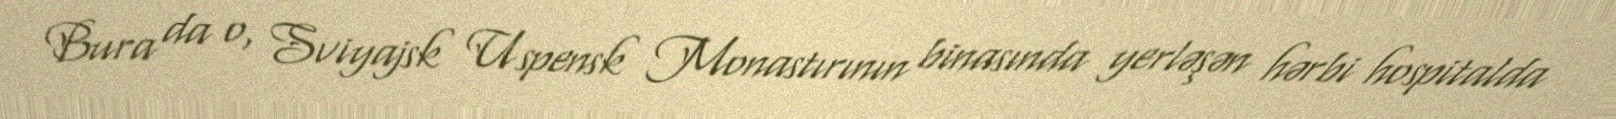
Bura da o, Sviyajsk Uspensk Monastırının binasında yerləşən hərbi hospitalda